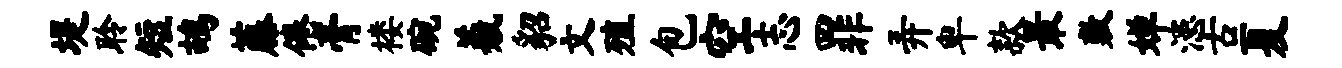
堤聆短鸪藤倦膏楼碗羲貂文殖包空志罪弄卑款最敷婵漶古夏